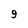
Character: 9